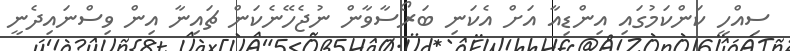
ސިއްހީ ކަންކަމުގައި އިންޑިއާ އަށް އެކަނި ބަރޯސާވާން ނުޖެހޭނެކަން ޗައިނާ އިން ވިސްނައިދެނީ